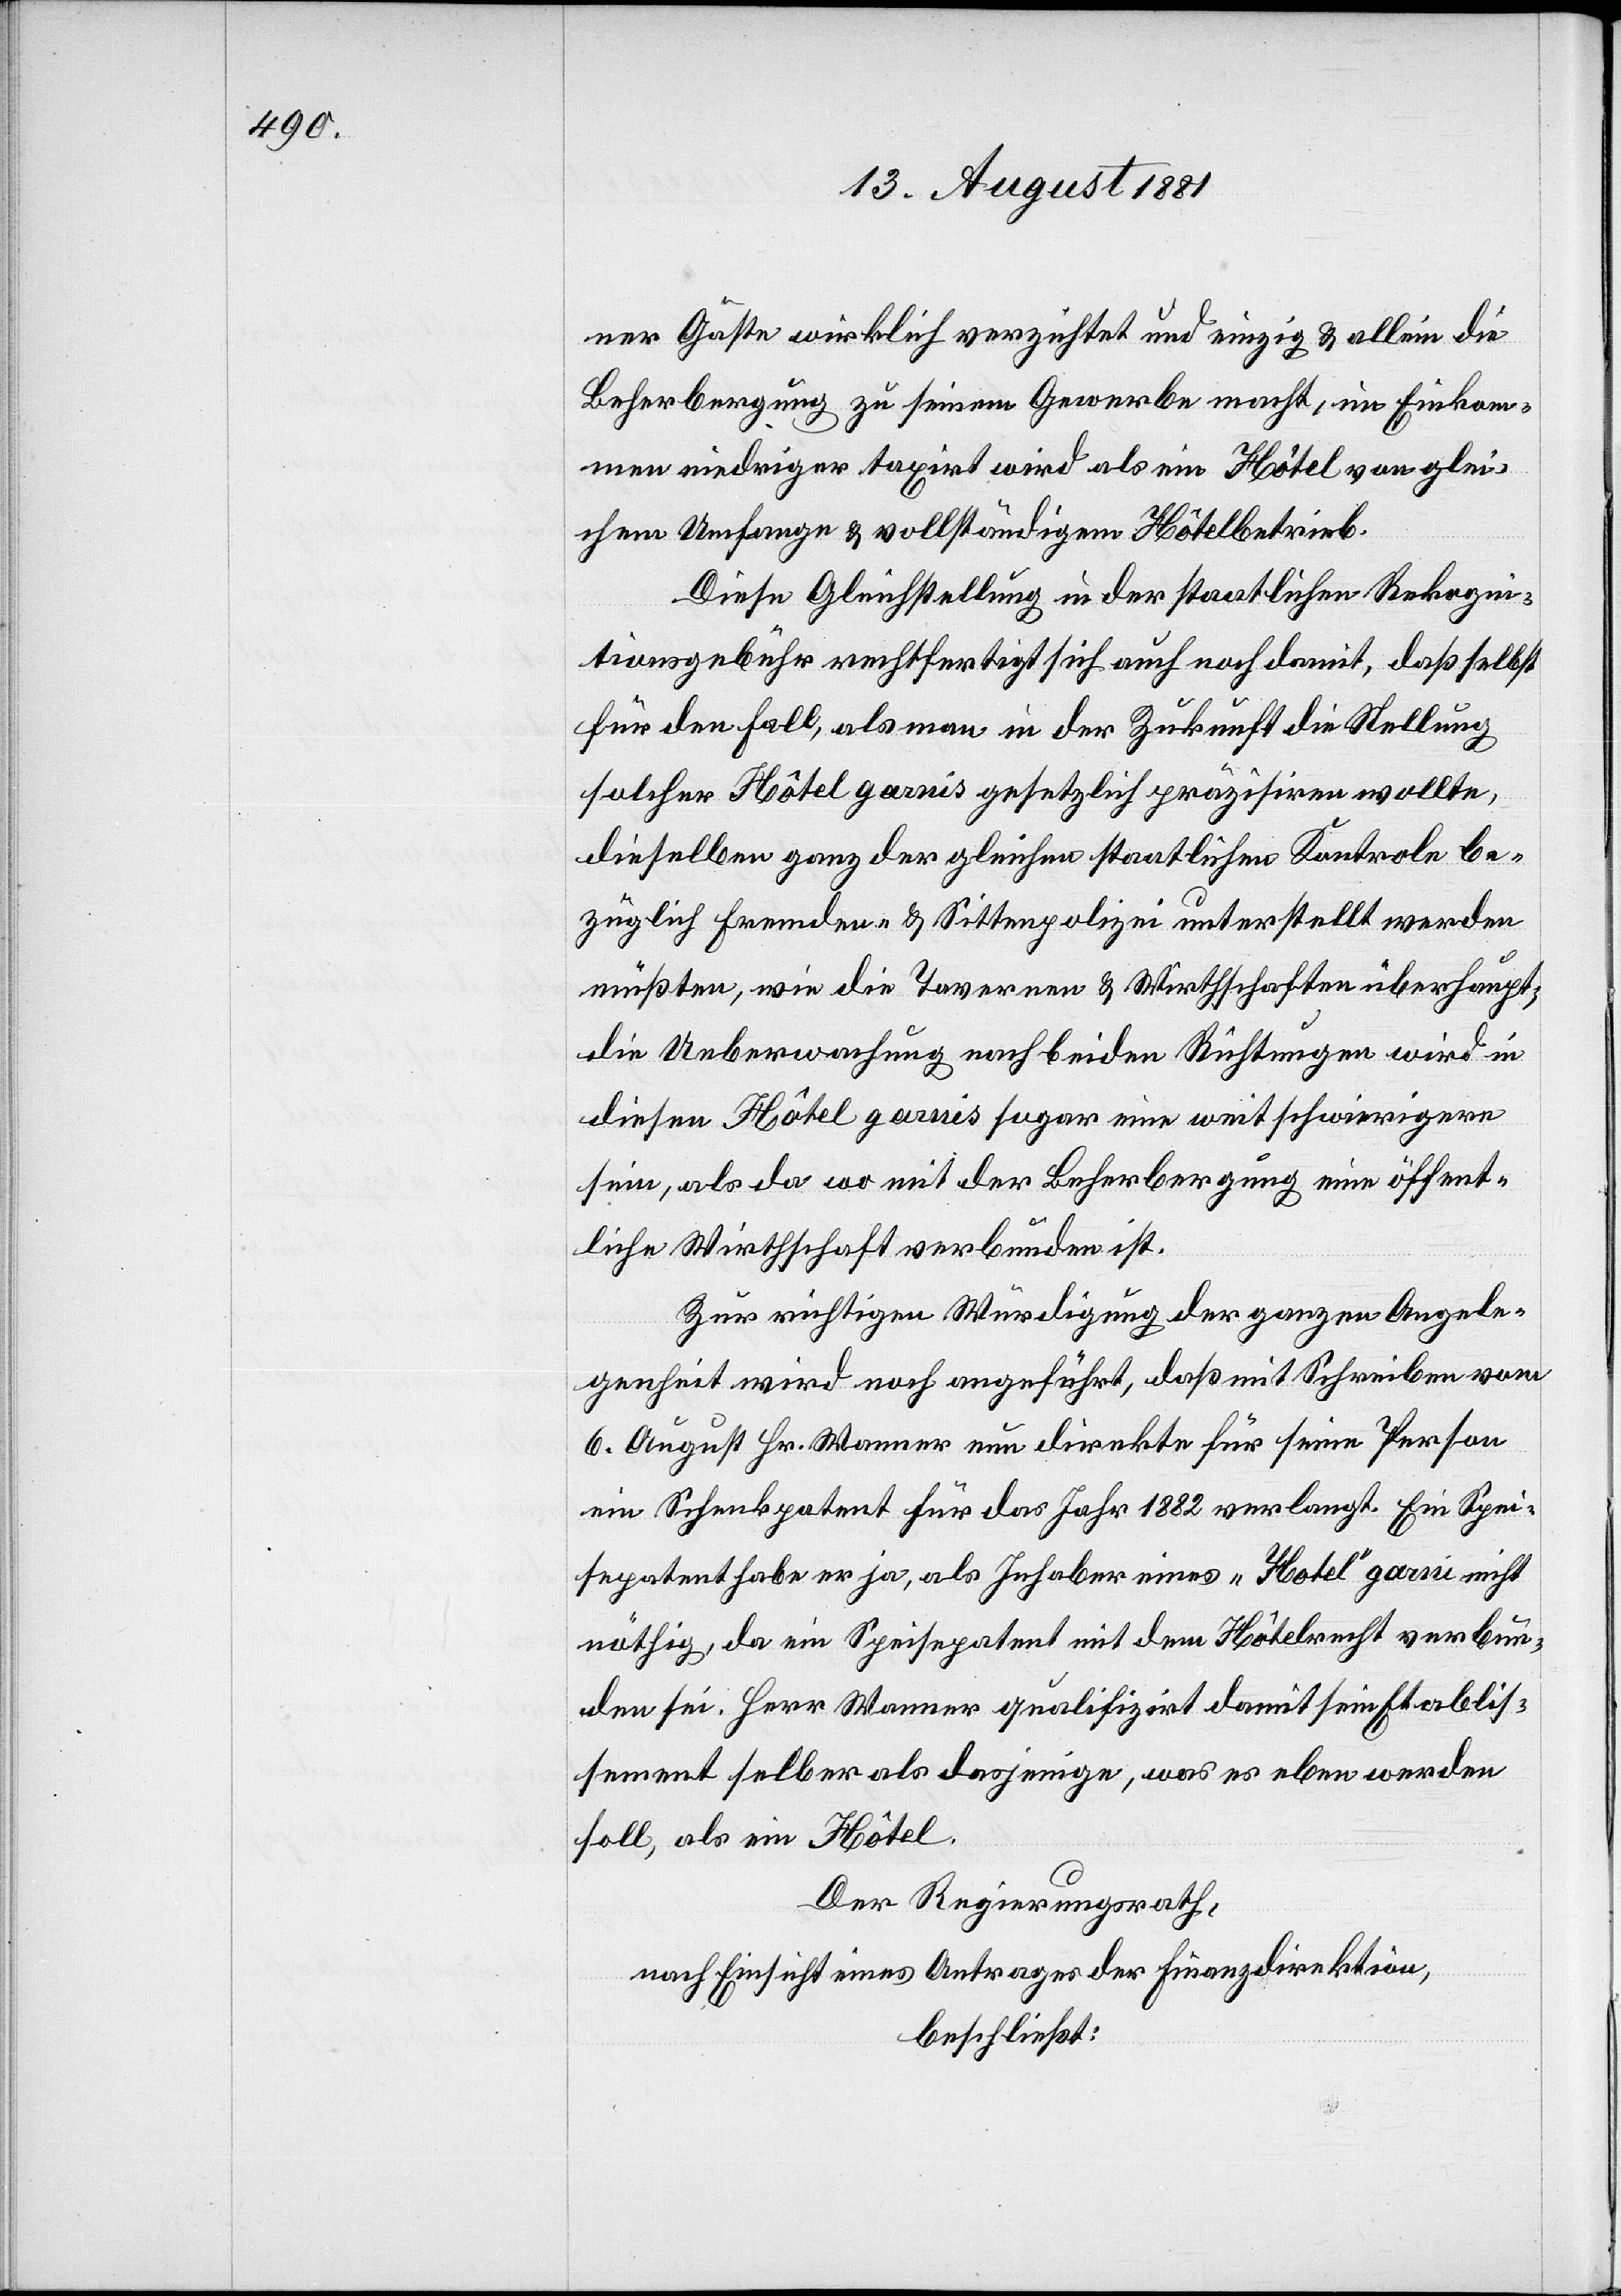
ner Gäste wirklich verzichtet und einzig & allein die
Beherbergung zu seinem Gewerbe macht, im Einkom¬
men niedriger taxirt wird als ein Hôtel von glei¬
chem Umfang & vollständigem Hôtelbetrieb.
Diese Gleichstellung in der staatlichen Rekogni¬
tionsgebühr rechtfertigt sich auch noch damit, daß selbst
für den Fall, als man in der Zukunft die Stellung
solcher Hôtel garnis gesetzlich präzisiren wollte,
dieselben ganz der gleichen staatlichen Kontrole be¬
züglich Fremden- & Sittenpolizei unterstellt werden
müßten, wie die Tavernen & Wirthschaften überhaupt,
die Ueberwachung nach beiden Richtungen wird in
diesen Hôtel garnis sogar eine weit schwierigere
sein, als da wo mit der Beherbergung eine öffent¬
liche Wirthschaft verbunden ist.
Zur richtigen Würdigung der ganzen Angele¬
genheit wird noch angeführt, daß mit Schreiben vom
6. August Hr. Wanner nun direkte für seine Person
ein Schenkpatent für das Jahr 1881 verlangt. Ein Spei¬
sepatent habe er ja, als Inhaber eines „Hôtel“ garni nicht
nöthig, da ein Speisepatent mit dem Hôtelrecht verbun¬
den sei. Herr Wanner qualifizirt damit sein Etablis¬
sement selber als dasjenige, was es eben werden
soll, als ein Hôtel.
Der Regierungsrath,
nach Einsicht eines Antrages der Finanzdirektion,
beschließt: